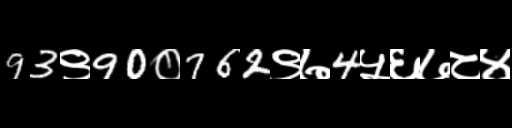
Text: 93९90०762९७4५६७८४